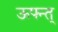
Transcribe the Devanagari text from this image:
ऊफ्न्त्